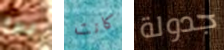
بها كانت جدولة